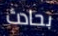
بحادث